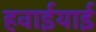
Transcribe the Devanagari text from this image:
हवाईयाई